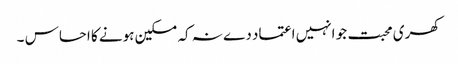
کھری محبت جو انہیں اعتماد دے نہ کہ مسکین ہونے کا احساس ۔